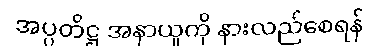
အပ္ပတိဋ္ဌ အနာယူကို နားလည်စေရန်